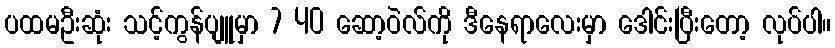
ပထမဦးဆုံး သင့်ကွန်ပျူမှာ 7 40 ဆော့ဝဲလ်ကို ဒီနေရာလေးမှာ ဒေါင်းပြီးတော့ လုပ်ပါ။